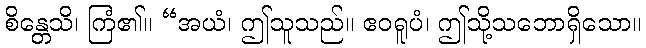
စိန္တေသိ၊ ကြံ၏။ “အယံ၊ ဤသူသည်။ ဧဝရူပံ၊ ဤသို့သဘောရှိသော။